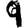
Digit: 9